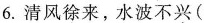
6.清风徐来，水波不兴（